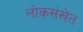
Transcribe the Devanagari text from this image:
लोकसंखेत